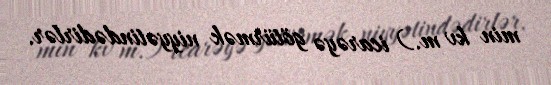
min kv m.) icarəyə götürmək niyyətindədirlər.